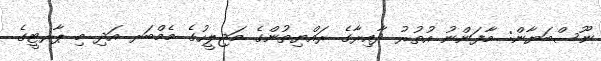
ނޫސްބަޔާން: މާފަންނު އުތުރު ދާއިރާގެ ރައްޔިތުންގެ މަޖިލީހުގެ މެމްބަރ އަދި މި ޕާރޓީގެ